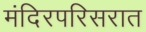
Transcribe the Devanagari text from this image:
मंदिरपरिसरात